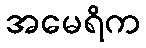
အမေရိက